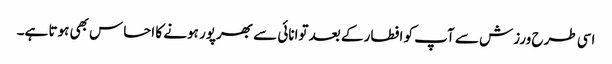
اسی طرح ورزش سے آپ کو افطار کے بعد توانائی سے بھرپور ہونے کا احساس بھی ہوتا ہے۔